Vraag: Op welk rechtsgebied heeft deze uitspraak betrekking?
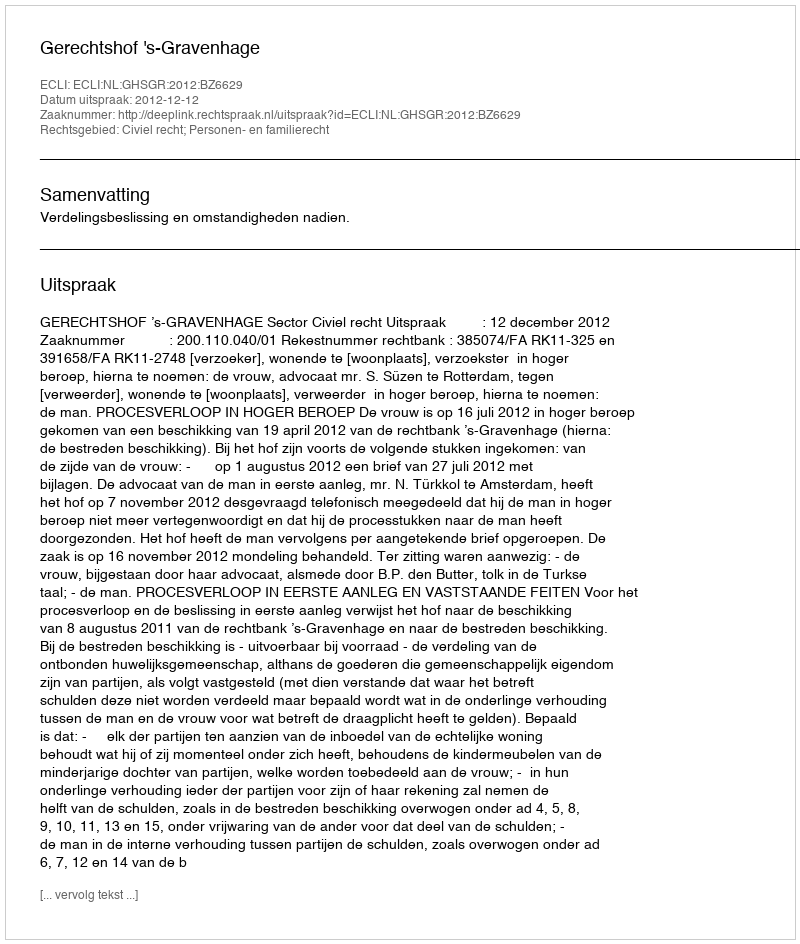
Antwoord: Civiel recht; Personen- en familierecht